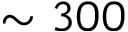
\sim 3 0 0